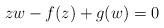
LaTeX: \begin{align*}zw-f(z)+g(w)=0\end{align*}